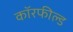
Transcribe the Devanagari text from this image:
कॉरफील्ड